Plague in India, 1896, 1897 - Volume 4
Year: 1896
Disease focus: Plague
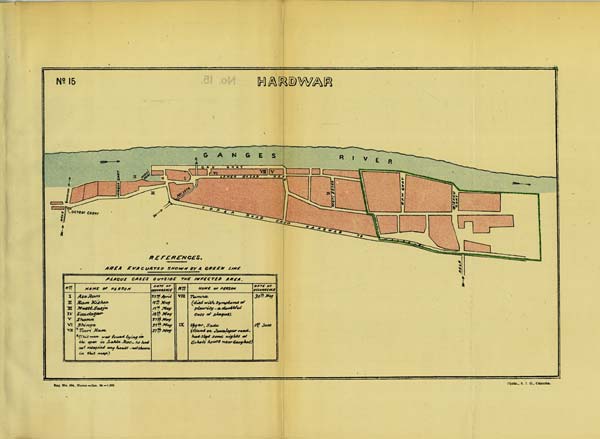
No: 15
HARDWAR
Reg. No. 594, Home.-Jan. 98 - 1,000
Photo.,
S.
I.
O.,
Calcutta.